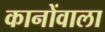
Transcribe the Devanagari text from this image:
कानोंवाला